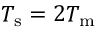
T _ { \mathrm { s } } = 2 T _ { \mathrm { m } }